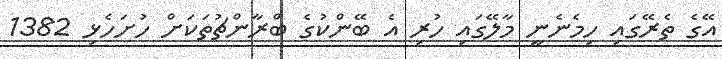
އޭގެ ތެރޭގައި ހިމެނެނީ މާލޭގައި ހުރި އެ ބޭންކުގެ ބްރާންޗުތަކަށް ހުށަހެޅި 1382